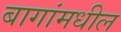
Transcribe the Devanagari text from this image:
बागांमधील